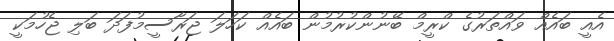
އެއީ ބައެއް ވައްތަރުގެ ކްރީމް ބޭނުންކުރުމުން ބައެއް ކަހަލަ ޖަރާސީމުފަދަ ބަލި ޖެހުމަކީ